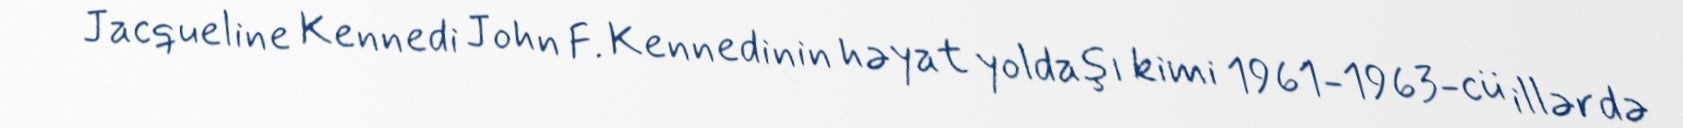
Jacqueline Kennedi John F. Kennedinin həyat yoldaşı kimi 1961-1963-cü illərdə